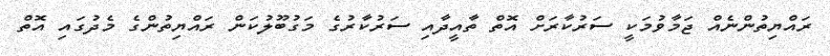
ރައްޔިތުންނެއް ޖަމާވުމަކީ ސަރުކާރަށް އޮތް ތާއީދާއި ސަރުކާރުގެ މަގުބޫލުކަން ރައްޔިތުންގެ މެދުގައި އޮތް